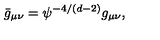
\bar { g } _ { \mu \nu } = \psi ^ { - 4 / ( d - 2 ) } g _ { \mu \nu } ,